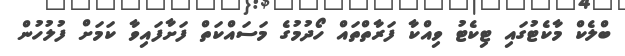
ބްލެކް މާކެޓުގައި ޓިކެޓު ވިއްކާ ފަރާތްތައް ހޯދުމުގެ މަސައްކަތް ފަށާފައިވާ ކަމަށް ފުލުހުން